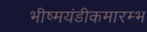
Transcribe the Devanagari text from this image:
भीष्मयंडीकमारम्भ